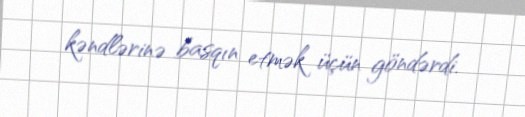
kəndlərinə basqın etmək üçün göndərdi.